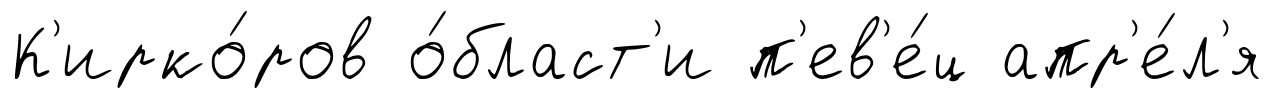
К'ирко́ров о́бласт'и п'ев'е́ц апр'е́л'я